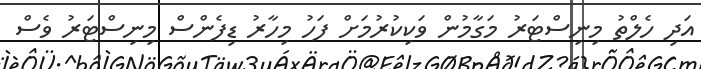
އަދި ހެލްތު މިނިސްޓަރު މަގާމުން ވަކިކުރުމަށް ފަހު މިހާރު ޑިފެންސް މިނިސްޓަރު ވެސް